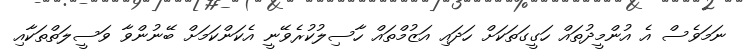
ނަމަވެސް އެ އުންމީދުތައް ހަގީގަތަކަށް ހަދައި އަޒުމްތައް ހާސިލުކުރެވޭނީ އެކަންކަމަށް ބޭނުންވާ ވަސީލަތްތަކާއި